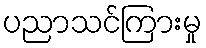
ပညာသင်ကြားမှု